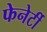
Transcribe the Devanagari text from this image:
फेनेर्टी